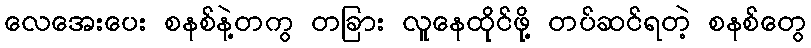
လေအေးပေး စနစ်နဲ့တကွ တခြား လူနေထိုင်ဖို့ တပ်ဆင်ရတဲ့ စနစ်တွေ